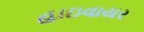
હાઇવાયર